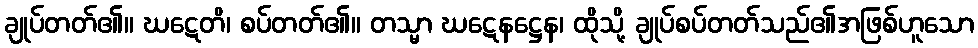
ချုပ်တတ်၏။ ဃဋေတိ၊ စပ်တတ်၏။ တသ္မာ ဃဋေနဋ္ဌေန၊ ထိုသို့ ချုပ်စပ်တတ်သည်၏အဖြစ်ဟူသော